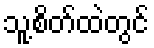
သူ့စိတ်ထဲတွင်